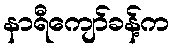
နာရီကျော်ခန့်က